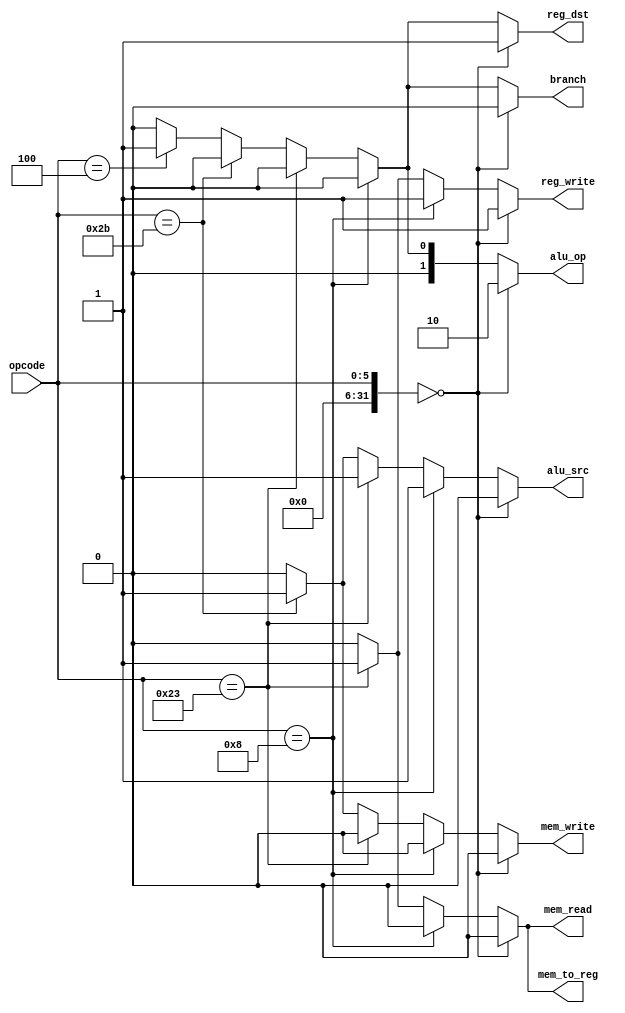
`timescale 1ns / 1ps

module control_unit(
input [5:0] opcode,
output reg reg_dst,
output reg branch,
output reg mem_read,
output reg mem_to_reg,
output reg [1:0] alu_op,
output reg mem_write,
output reg alu_src,
output reg reg_write
    );

integer R =   6'b000000;
integer LW=   6'b100011;
integer SW=   6'b101011;
integer ADDI= 6'b001000;


integer BEQ = 6'b000100;



always @(*) begin
reg_dst     = 0;
    branch      = 0;
    mem_read    = 0;
    mem_to_reg  = 0;
    alu_op      = 0;
    mem_write   = 0;
    alu_src     = 0;
    reg_write   = 0;
	case(opcode)
		R:begin 	
						reg_dst    = 1;
                  reg_write  = 1;
                  alu_op     = 2;
					end 
		ADDI : 
			begin 
			 alu_src    = 1;
			 reg_write  = 1;
			end 
		LW:begin
			alu_src    = 1;
                     mem_to_reg = 1;
                     reg_write  = 1;
                     mem_read   = 1;
			end
		SW:begin
			alu_src    = 1;
							mem_write  = 1;
			end
		BEQ:begin
			reg_dst  = 1;
							branch   = 1;
                     alu_op   = 1;
			end
		default:begin	//for immediates
		   branch      = 0;
			end
		
endcase
end
endmodule